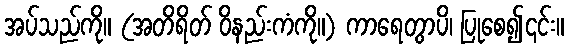
အပ်သည်ကို။ (အတိရိတ် ဝိနည်းကံကို။) ကာရေတွာပိ၊ ပြုစေ၍၎င်း။